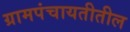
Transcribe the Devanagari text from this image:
ग्रामपंचायतीतील